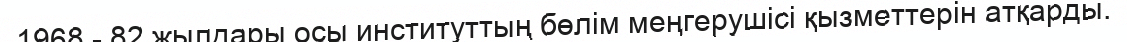
1968 - 82 жылдары осы институттың бөлім меңгерушісі қызметтерін атқарды.